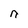
Character: n